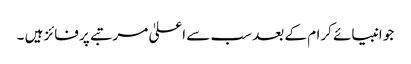
جو انبیائے کرام کے بعد سب سے اعلیٰ مرتبے پر فائز ہیں ۔